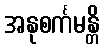
အနုစင်္ကမန္တိ